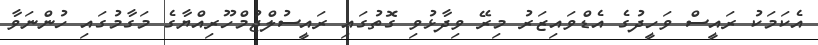
އެކަމަކު ރައީސް ވަހީދުގެ އެޑްވައިޒަރު މިރޭ ވިދާޅުވި ގޮތުގައި ރައީސުލްޖުމްހޫރިއްޔާގެ މަގާމުގައި ހުންނަވާ